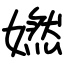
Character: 㜣